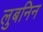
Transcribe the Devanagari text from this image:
लुबनिन